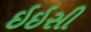
ઇઇસી